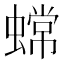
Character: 蟐